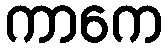
ကာကေ